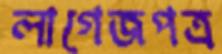
লাগেজপত্র